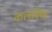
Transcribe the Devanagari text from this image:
कलविण